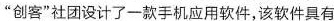
”创客”社团设计了一款手机应用软件，该软件具有